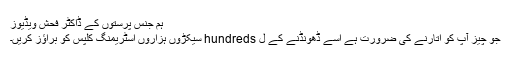
ہم جنس پرستوں کے ڈاکٹر فحش ویڈیوز
جو چیز آپ کو اتارنے کی ضرورت ہے اسے ڈھونڈنے کے ل hundreds سیکڑوں ہزاروں اسٹریمنگ کلپس کو براؤز کریں۔